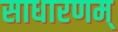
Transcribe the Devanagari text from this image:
साधारणम्